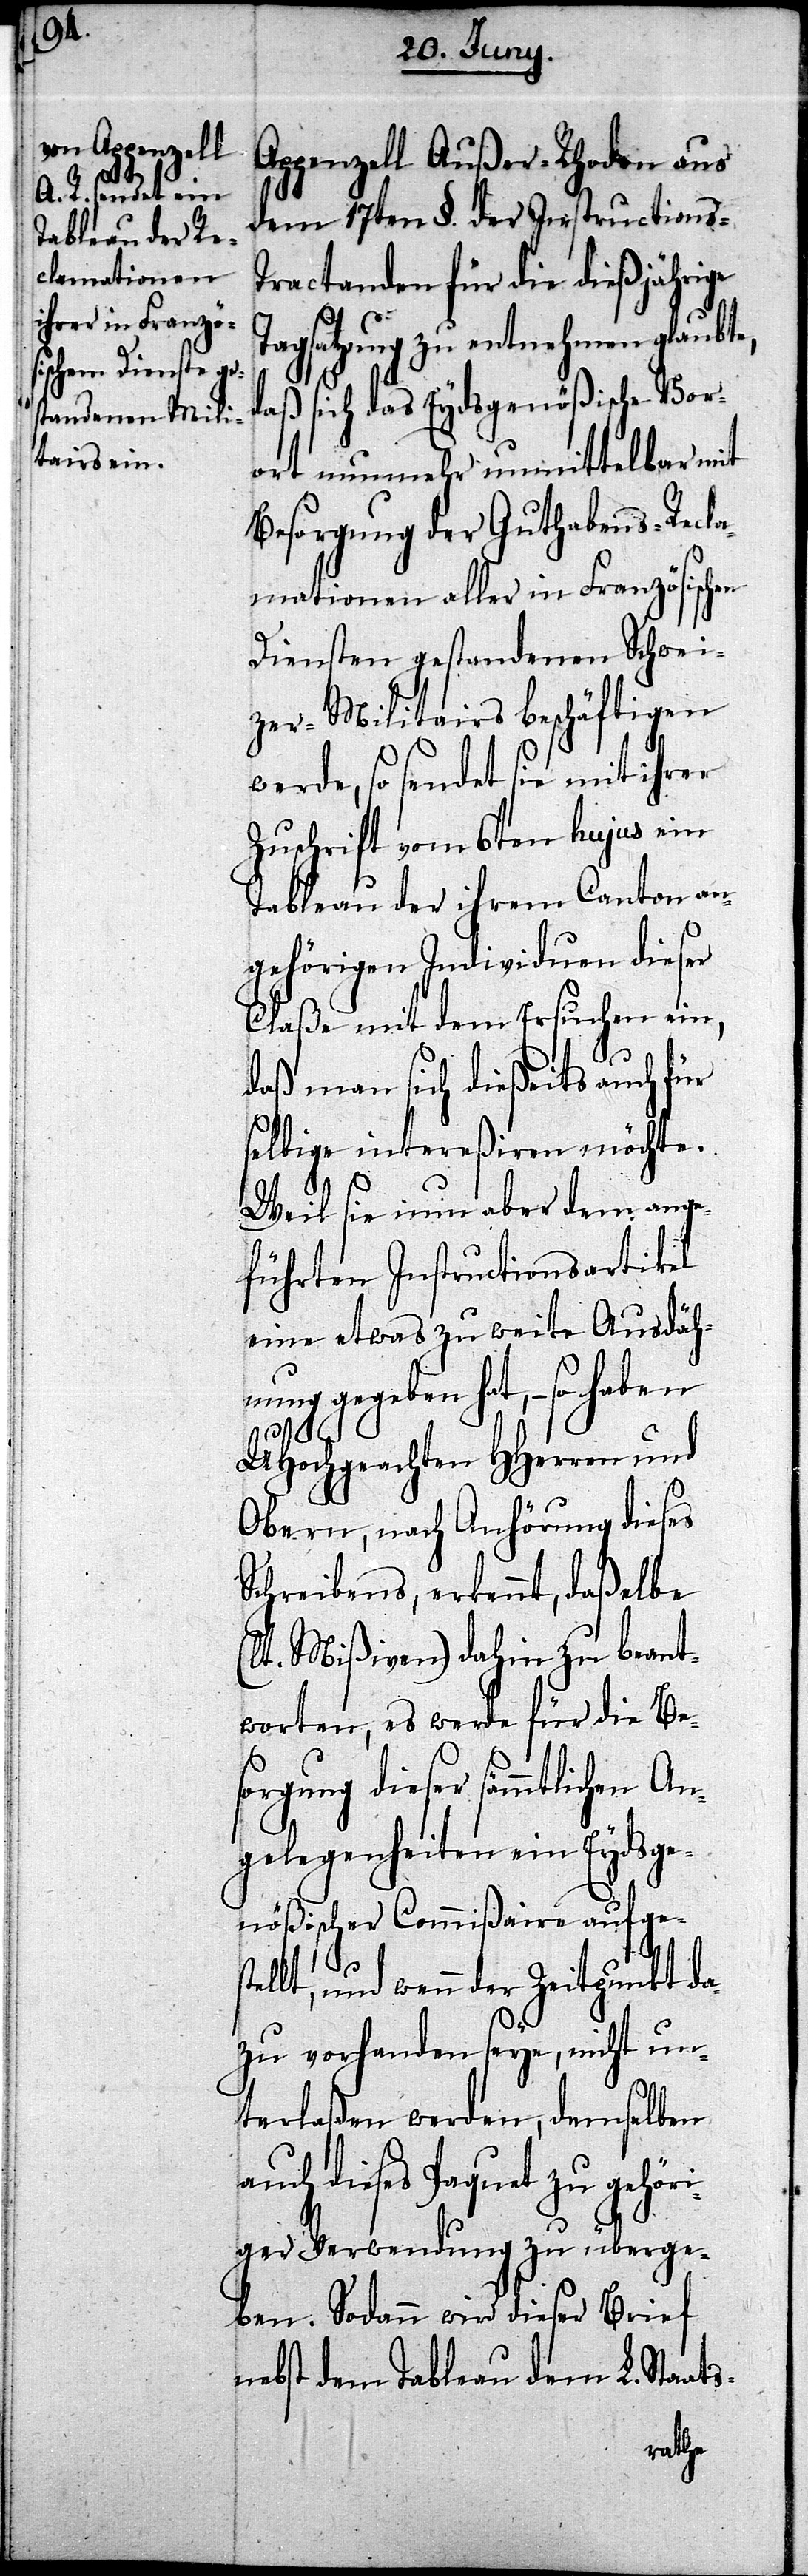
A¬

ppenzell Außer-Rhoden aus
dem 17ten §. der Instructions-T¬
ractanden für die dießjährige
Tagsatzung zu entnehmen glaubte,
daß sich das Eydsgenößische Vor¬
ort nunmehr unmittelbar mit
Besorgung der Guthabens-Recla¬
mationen aller in Französischen
Diensten gestandenen Schwei¬
zer-Militairs beschäftigen
werde, so sendet sie mit ihrer
Zuschrift vom 6ten hujus ein
Tableau der ihrem Canton an¬
gehörigen Individuen dieser
Claße mit dem Ersuchen ein,
daß man sich dießeits auch für
selbige intereßieren möchte.
Weil sie nun aber dem ange¬
führten Instructionsartikel
eine etwas zu weite Ausdäh¬
nung gegeben hat, – so haben
UHochgeachten HHerren und
Obern, nach Anhörung dieses
Schreibens, erkennt, daßelbe
(lt. Mißiven) dahin zu beant¬
worten, es werde für die Be¬
sorgung dieser sämmtlichen An¬
gelegenheiten ein Eydsge¬
nößischer Commißaire aufgest¬
ellt, und wenn der Zeitpunkt da¬
zu vorhanden seye, nicht un¬
terlaßen werden, demselben
auch dieses Paquet zu gehöri¬
ger Verwendung zu überge¬
ben. Sodann wird dieser Brief
nebst dem Tableau dem L. Staats-